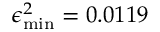
\epsilon _ { \mathrm { m i n } } ^ { 2 } = 0 . 0 1 1 9